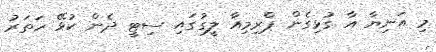
މި އަނިޔާ އާ ގުޅިގެން ޕްރިމިއާ ލީގުގައި ސިޓީ ދެން ކުޅޭ ހަތަރު